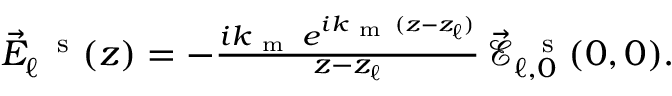
\begin{array} { r } { \vec { E } _ { \ell } ^ { \mathrm { ~ \, ~ s ~ } } ( z ) = - \frac { i k _ { \mathrm { ~ m ~ } } \, e ^ { i k _ { \mathrm { ~ m ~ } } ( z - z _ { \ell } ) } } { z - z _ { \ell } } \, \! \! \, \! \, \, \! \, \, \! \! \, \! \, \, \! \! \, \! \! \, \! \, \, \! \! \, \! \! \, \! \, \, \! \, \, \! \! \, \! \, \, \! \! \, \! \! \, \! \, \, \! \, \, \! \! \, \! \, \, \! \, \, \! \! \, \! \, \, \! \! \, \! \! \, \! \, \, \! \, \, \! \! \, \! \, \, \! \, \, \! \! \vec { \mathcal { E } } _ { \ell , 0 } ^ { \mathrm { ~ \, ~ s ~ } } ( 0 , 0 ) . } \end{array}